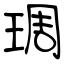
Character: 琱